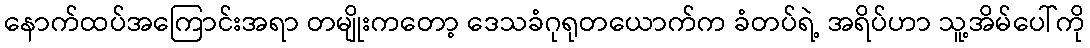
နောက်ထပ်အကြောင်းအရာ တမျိုးကတော့ ဒေသခံဂုရုတယောက်က ခံတပ်ရဲ့ အရိပ်ဟာ သူ့အိမ်ပေါ်ကို